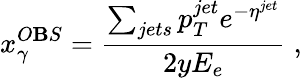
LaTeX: x_{\gamma}^{O\mathbf{B}S}=\frac{{\sum_{jets}p_{T}^{jet}e^{-\eta^{jet}}}}{{2yE_{e}}}\; ,